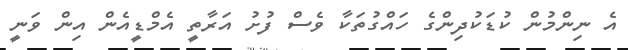
އެ ނިންމުން ކުޑަކުދިންގެ ހައްގުތަކާ ވެސް ފުށު އަރާތީ އެމްޑީއެން އިން ވަނީ